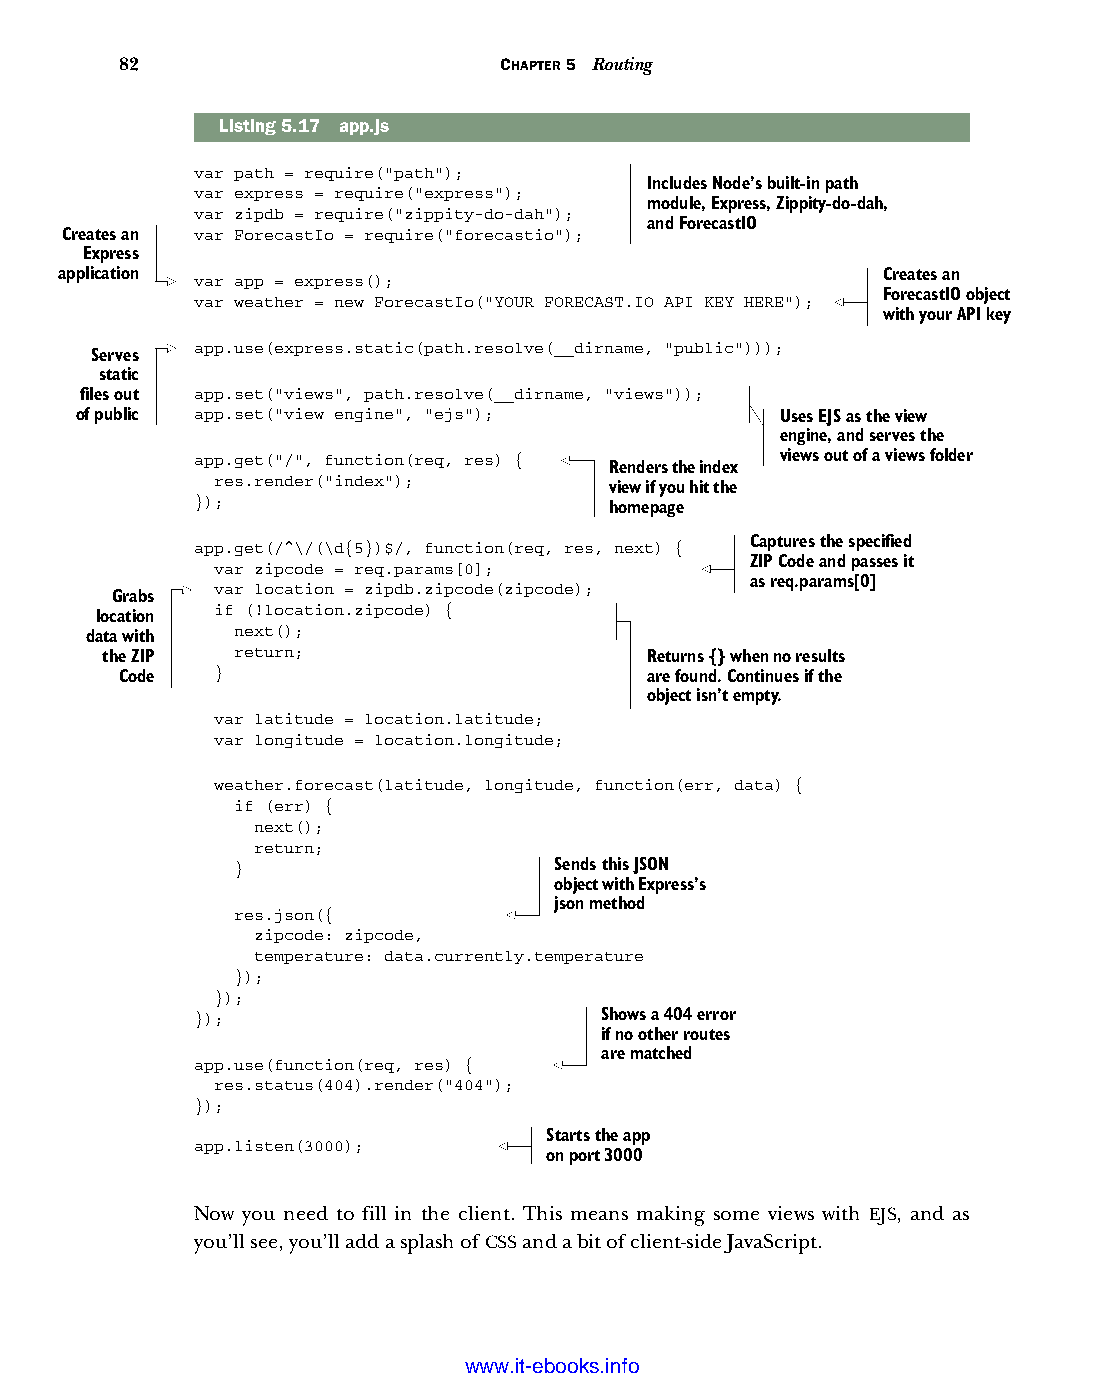
82                       CHAPTER 5 Routing
 Listing5.17 app.js
 var path = require("path");
 Includes Node’s built-in path
 var express = require("express");
 module, Express, Zippity-do-dah,
 var zipdb = require("zippity-do-dah");
 and ForecastIO
 Creates an var ForecastIo = require("forecastio");
 Express
 application var app = express();                      Creates an
 ForecastIO object
 var weather = new ForecastIo("YOUR FORECAST.IO API KEY HERE");
 with your API key
 app.use(express.static(path.resolve(__dirname, "public")));
 Serves
 static
 files out app.set("views", path.resolve(__dirname, "views"));
 of public app.set("view engine", "ejs");       Uses EJS as the view
 engine, and serves the
 app.get("/", function(req, res) {      views out of a views folder
 Renders the index
 res.render("index");
 view if you hit the
 });                        homepage
 app.get(/^\/(\d{5})$/, function(req, res, next) { Captures the specified
 ZIP Code and passes it
 var zipcode = req.params[0];
 as req.params[0]
 var location = zipdb.zipcode(zipcode);
 Grabs
 if (!location.zipcode) {
 location
 data with next();
 the ZIP  return;                    Returns {} when no results
 Code  }                            are found. Continues if the
 object isn’t empty.
 var latitude = location.latitude;
 var longitude = location.longitude;
 weather.forecast(latitude, longitude, function(err, data) {
 if (err) {
 next();
 return;
 }                    Sends this JSON
 object with Express’s
 json method
 res.json({
 zipcode: zipcode,
 temperature: data.currently.temperature
 });
 });
 });                        Shows a 404 error
 if no other routes
 are matched
 app.use(function(req, res) {
 res.status(404).render("404");
 });
 Starts the app
 app.listen(3000);
 on port 3000
 Now you need to fill in the client. This means making some views with EJS, and as
 you’ll see, you’ll add a splash of CSS and a bit of client-side JavaScript.
 Licensed wtow w <.mit-ielebro.8o8k8s@.ingfomail.com>